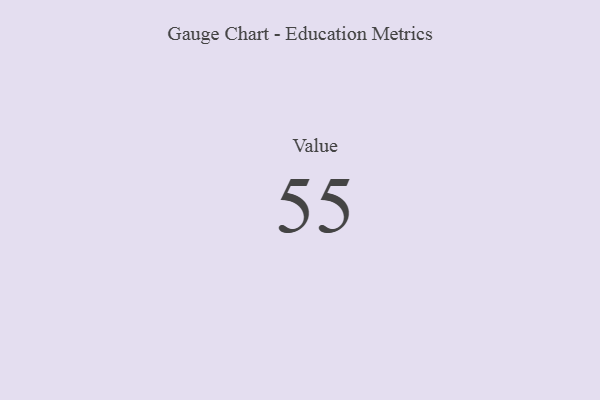
{"axis": {"x": "Metric", "y": "Value"}, "legend": [""], "data": [{"x": "Value", "y": 55, "type": ""}]}